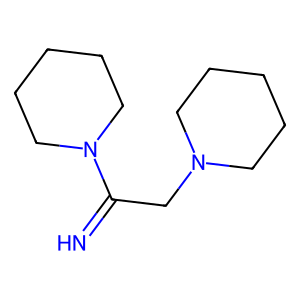
SMILES: N=C(CN1CCCCC1)N1CCCCC1
Inhibits HIV replication: No